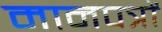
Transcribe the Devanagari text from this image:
मानपत्रों